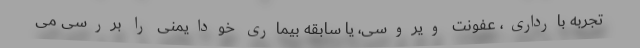
تجربه بارداری، عفونت ویروسی، یا سابقه بیماری خودایمنی را بررسی می